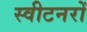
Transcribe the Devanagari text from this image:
स्वीटनरों